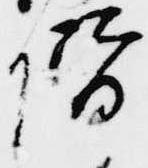
階